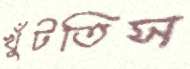
খুঁটতিস